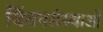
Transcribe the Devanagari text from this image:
चिंतनसंस्थाओं